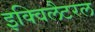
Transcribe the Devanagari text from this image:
इक्विलैटरल